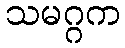
သမဂ္ဂက